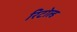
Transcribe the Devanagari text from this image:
रिटोल्ड